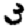
Digit: 3